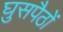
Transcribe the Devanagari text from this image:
घुसपैठों